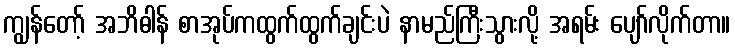
ကျွန်တော့် အဘိဓါန် စာအုပ်ကထွက်ထွက်ချင်းပဲ နာမည်ကြီးသွားလို့ အရမ်း ပျော်လိုက်တာ။